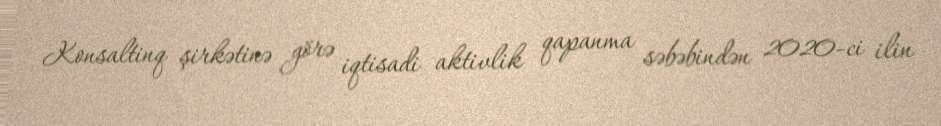
Konsaltinq şirkətinə görə iqtisadi aktivlik qapanma səbəbindən 2020-ci ilin